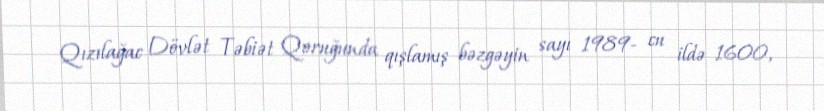
Qızılağac Dövlət Təbiət Qoruğunda qışlamış bəzgəyin sayı 1989- cu ildə 1600,